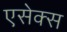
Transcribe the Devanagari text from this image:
एसेक्‍स